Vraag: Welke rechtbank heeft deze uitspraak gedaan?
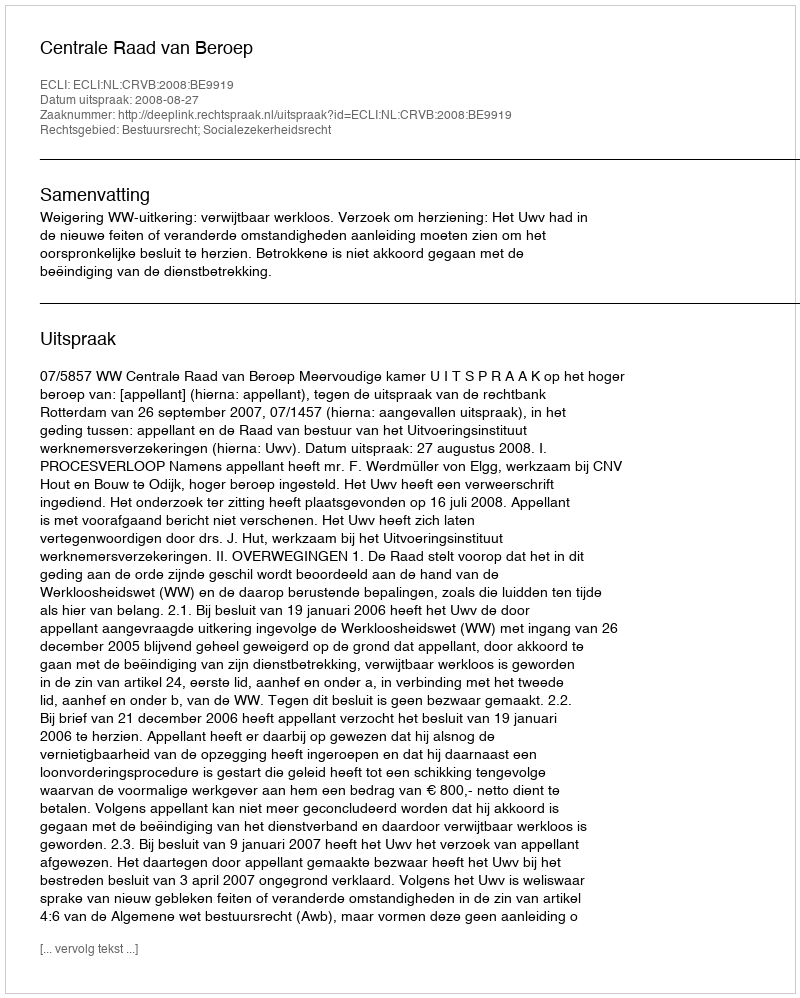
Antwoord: Centrale Raad van Beroep